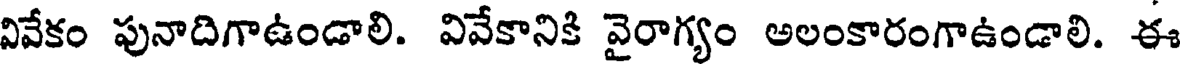
వివేకం పునాదిగాఉండాలి. వివేకానికి వైరాగ్యం అలంకారంగాఉండాలి. ఈ